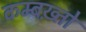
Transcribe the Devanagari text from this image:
कम्बख़्तो